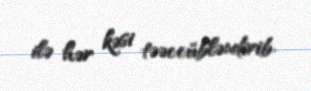
ilə hər kəsi təəccübləndirib.